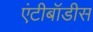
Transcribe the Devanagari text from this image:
एंटीबॉडीस